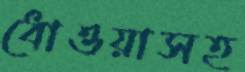
ধোওয়াসহ